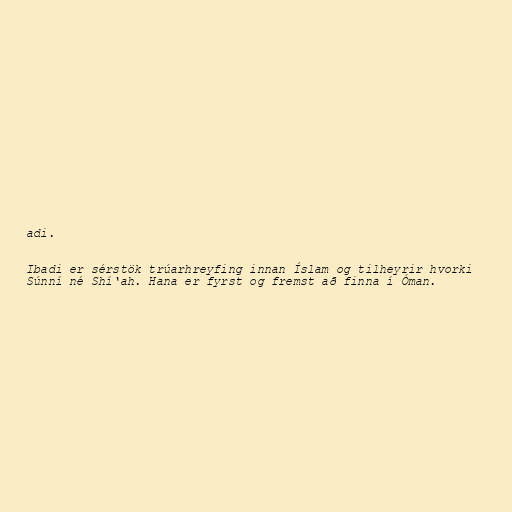
adi.

Ibadi er sérstök trúarhreyfing innan Íslam og tilheyrir hvorki
Súnní né Shí‘ah. Hana er fyrst og fremst að finna í Óman.